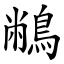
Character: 䳤